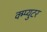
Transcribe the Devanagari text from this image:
क्म्प्युटर